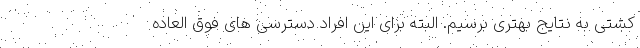
کشتی به نتایج بهتری برسیم. البته برای این افراد دسترسی های فوق العاده